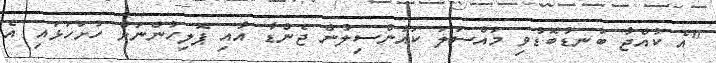
"އެ ކުއްޖާ ބަނޑުބޮޑުވި މައްސަލަ ކައުންސިލުން ޖެންޑާ އާއި ޕޮލިހުންނަށް ހުށަހަޅައި އެ